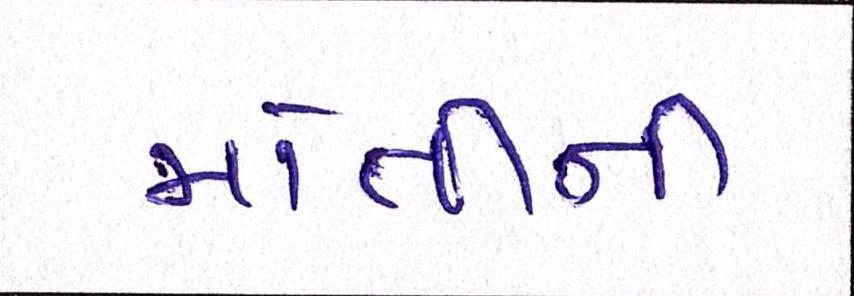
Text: મોતીની